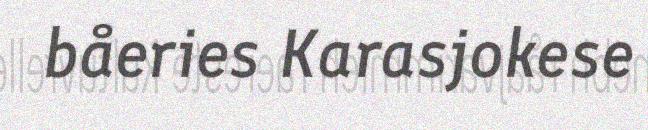
båeries Karasjokese